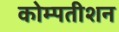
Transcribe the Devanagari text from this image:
कोम्पतीशन